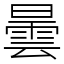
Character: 曇